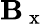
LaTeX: \mathbf{B}_{\mathrm{{~x~}}}